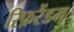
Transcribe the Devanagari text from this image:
रिफ़रेंडम